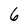
Character: 6